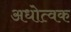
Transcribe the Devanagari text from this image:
अधोत्वक